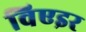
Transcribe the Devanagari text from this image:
विएइर